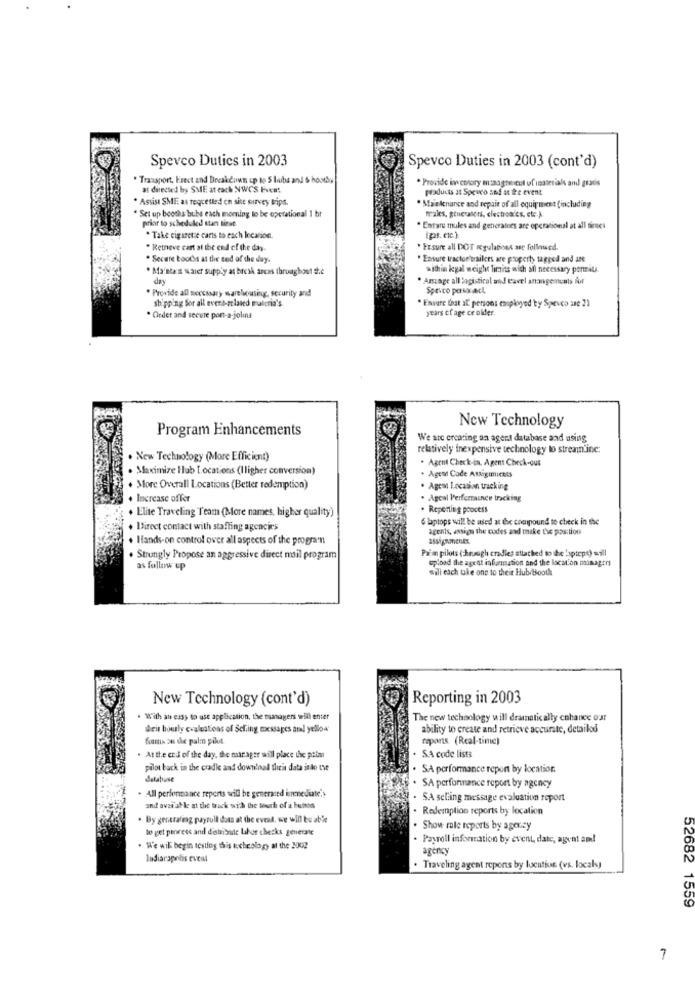
Spevco Duties in 2003
Spevco Duties in 2003 (cont'd)
. Transport, Frect and Breakdown up to 5 lbs and & houtby
. Provide in corory m:sagteseut uf imaterials and gratis
at directed by SME at each NWCS Even!
products at Speuro and at the event
. Assist SMEE as requested ch site survey trips.
* Maintenance and repair of all equipment (including
Set up booths bubs each morning to be operational 1 hr
prior to scheduled start tirse.
makes, generalers, electronics, cte A
. Entare mules and generalnes are operational at all finnes
. Take cigarette caris to each location.
(ps. etc.)
. Retneve cart at the end of the day.
* Ersure all DOT ogulations sse followed.
. Secare boots at the ted of the day.
Ensure tractor trailers are property tagged and ase
* Maintest water supply at break arcas throughout the
within legal weight limits with all necessary penali.
day
* Amage all logistical and eavel antangentents for
. Provide all necessary warehousing, security and
Spevco pasacl
* Ensure that al' persons employed by Speveo sse 21
shipping Sor all event-related pulcria's
years ofage ce older.
* Order and secure port-a-joluis
New Technology
Program Enhancements
We are creating an agent database and using
relatively inexpensive technology to streamline:
. New Technology (More Efficient)
. Agent Check-in. Agent Check-out
. Maximize Hub Locations (Iligher conversion)
. Ages Code Asligimicets
. More Overall Locations (Better redemption)
. Agem Location tracking
. Increase offer
. Agoal Performance tracking
. Elite Traveling Team (More names, higher quality')
. Reporting process
6 laptops will be used at die compound to check in the
+ Direct contact with staffing agencies
agents, assigns the codes and take the position
. Hands-on control over all aspects of the program
assignments
Prim pilots (Arough cradles attached to the 'spiept) will
Strongly Propose an aggressive direct mail program
upload the agent information and the location managers
as follow up
will each tie one to their Hub Booth
New Technology (cont'd)
Reporting in 2003
. With an easy to use application, the tuanagers will enter
The new technology will dramatically chance our
deir hourly evaluations of Sching messages aml yellow
ability to create and retrieve accurate, detailed
hamis an de palm pilot
raports. (Real-tinic)
. At the end of the day, the manager will place the prim
SA code lists
pilot back in the cradle and download theà data into the
. SA performance repon by location.
databuse
All performance reports will be generated immediate.
SA performance report by agency
. SA selling message evaluation report
and avzi at le at the track with the touch of a buitis
. Redemption reports by location
. By genttaling pyrull data at the eveel, we will be ab'e
to get peoress and distribude Labor checks generate
. Show role reports by agency
. Payroll information by event, date, agent and
. We will begin testing this ticheology at the 2002
agency
Indianapolis cucat
. Traveling agent reports by location (vs. locals)
52682 1559
7